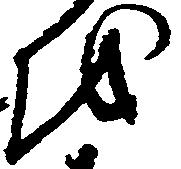
を